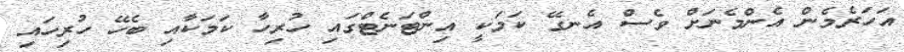
އަހަރެމެން އެންމެނަށް ވެސް އެނގޭ ކަމަކީ އިންޓަނެޓްގައި ހުރިހާ ކަމަކާއި ބެހޭ ހުރިހައި